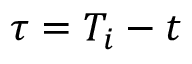
\tau = T _ { i } - t